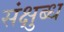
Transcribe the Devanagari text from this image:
संक्षुब्ध